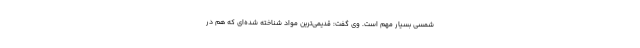
شمسی بسیار مهم است. وی گفت: قدیمی‌ترین مواد شناخته شده‌ای که هم در